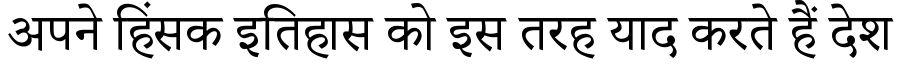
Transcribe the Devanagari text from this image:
अपने हिंसक इतिहास को इस तरह याद करते हैं देश